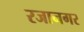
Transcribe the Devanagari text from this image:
रजानगर